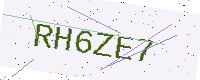
Text: RH6ZE7